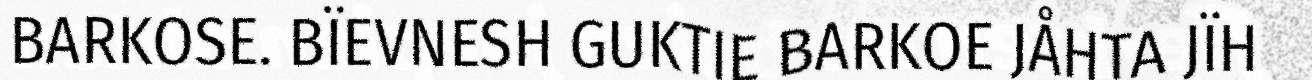
BARKOSE. BÏEVNESH GUKTIE BARKOE JÅHTA JÏH